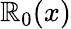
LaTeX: \mathbb{R}_{0}(x)